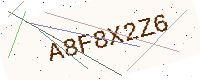
Text: A8F8X2Z6